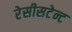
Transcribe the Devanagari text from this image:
रेसीसटेन्ट